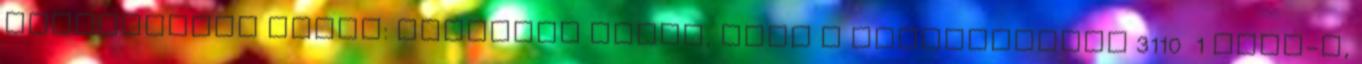
határozatot hozza: egyetért azzal, hogy a nagykanizsai 3110 1 hrsz-ú,